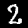
Digit: 2